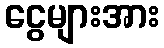
ငွေများအား